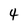
Character: 4